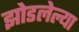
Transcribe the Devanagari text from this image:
झोडलेल्या